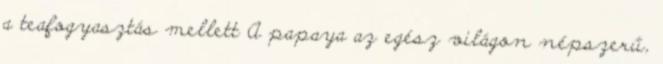
a teafogyasztás mellett A papaya az egész világon népszerű,